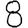
Digit: 8